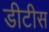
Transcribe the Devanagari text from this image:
डीटीस